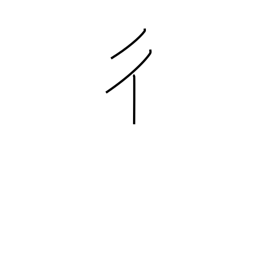
Meaning: going man radical (no. 60)